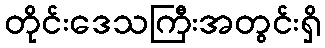
တိုင်းဒေသကြီးအတွင်းရှိ